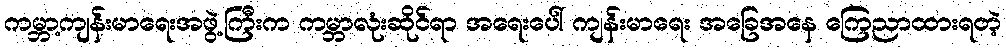
ကမ္ဘာ့ကျန်းမာရေးအဖွဲ့ကြီးက ကမ္ဘာလုံးဆိုင်ရာ အရေးပေါ် ကျန်းမာရေး အခြေအနေ ကြေညာထားရတဲ့